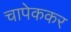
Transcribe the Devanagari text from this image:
चापेककर